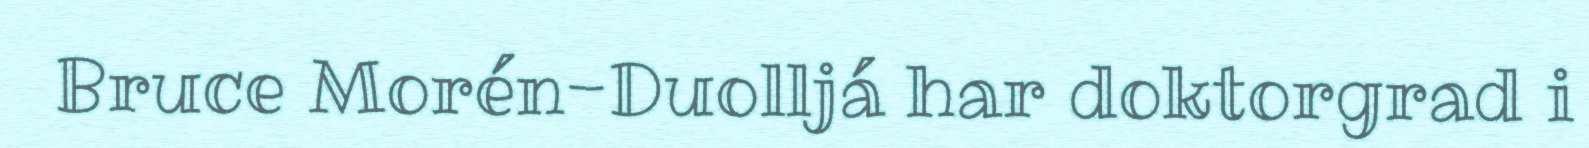
Bruce Morén-Duolljá har doktorgrad i